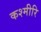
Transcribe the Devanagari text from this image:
कश्मीरि